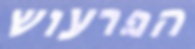
הפרעוש